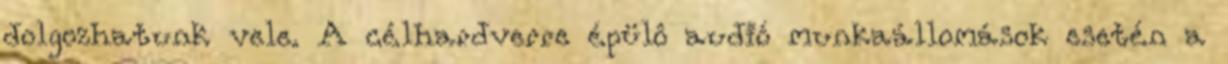
dolgozhatunk vele. A célhardverre épülô audió munkaállomások esetén a